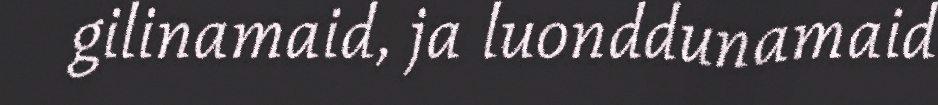
gilinamaid, ja luonddunamaid